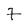
Character: 7